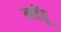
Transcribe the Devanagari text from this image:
महेंद्रू